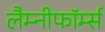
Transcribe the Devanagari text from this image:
लैम्नीफॉर्म्स